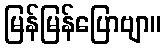
မြန်မြန်ပြောဗျာ။